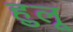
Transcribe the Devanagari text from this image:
हुलू